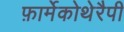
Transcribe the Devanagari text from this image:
फ़ार्मेकोथेरैपी